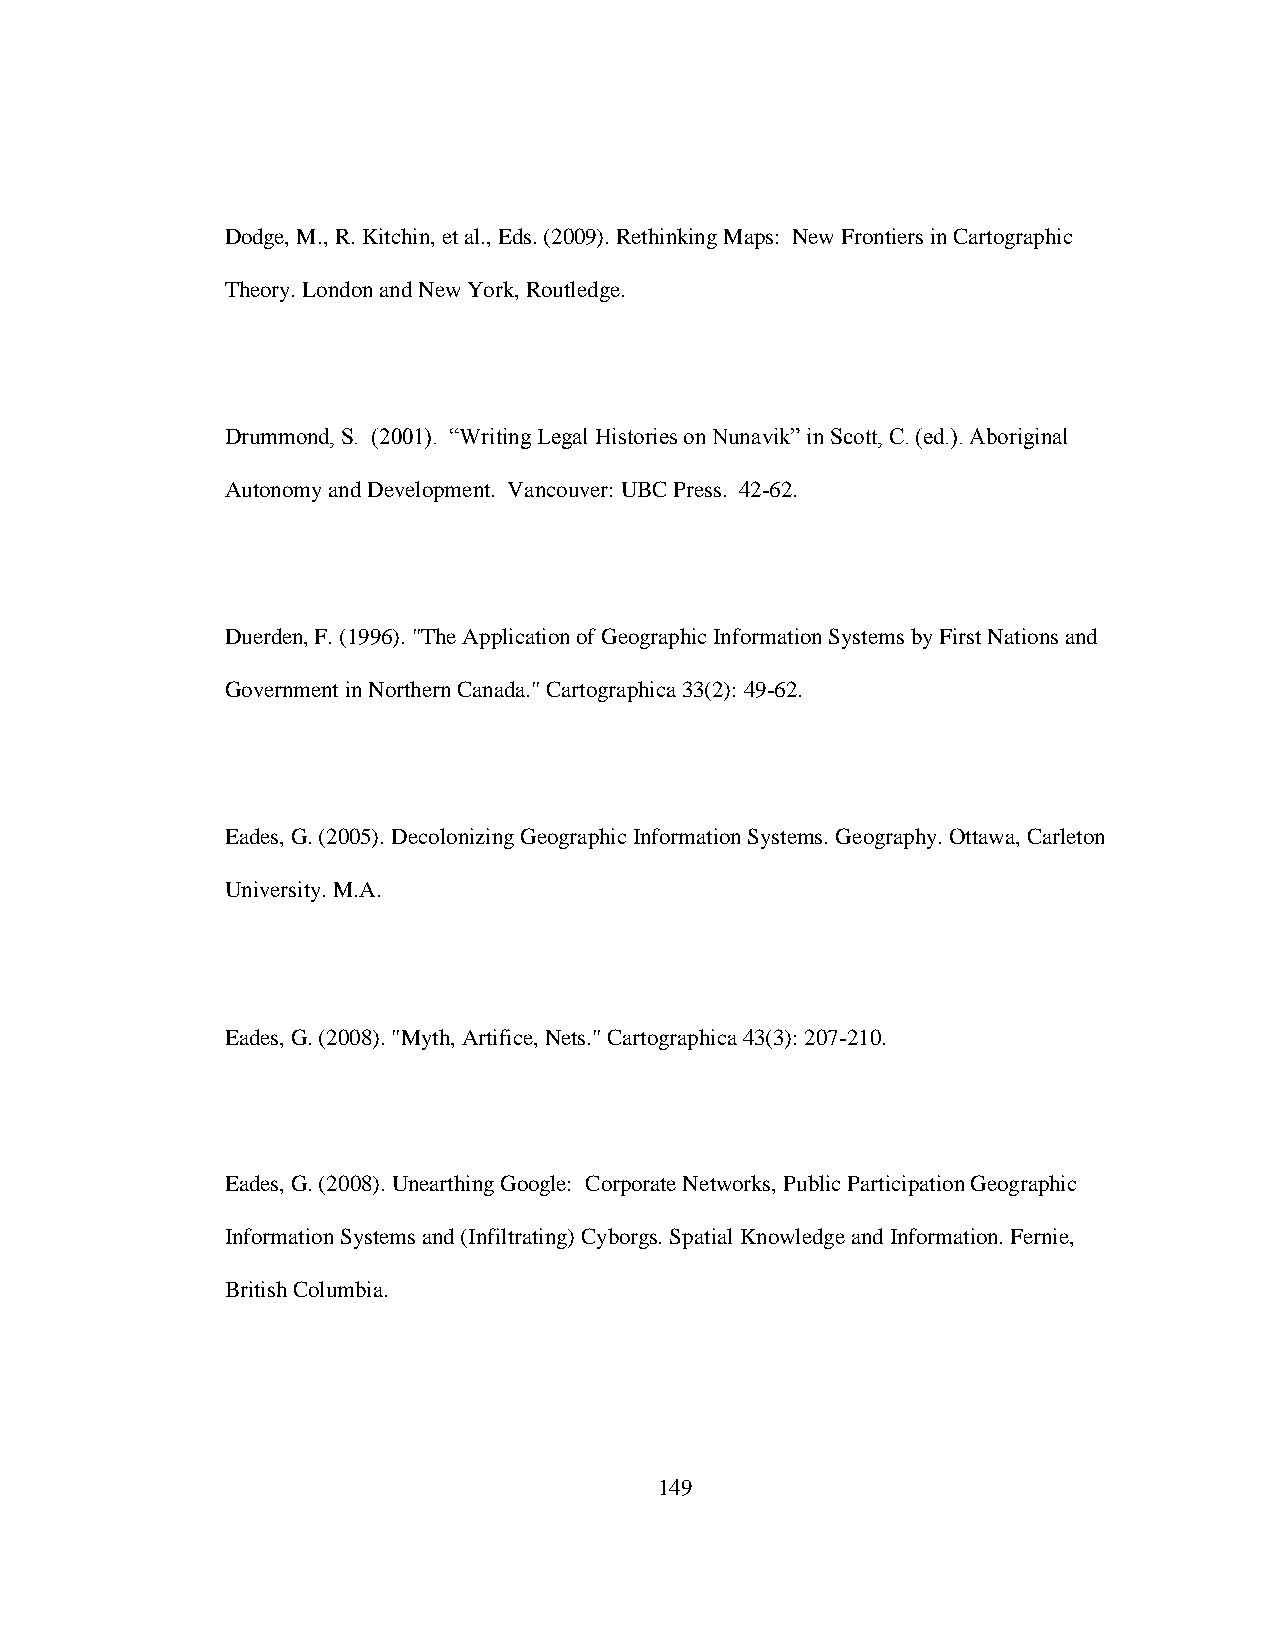
Dodge, M., R. Kitchin, et al., Eds. (2009). Rethinking Maps: New Frontiers in Cartographic
 Theory. London and New York, Routledge.
 Drummond, S. (2001). “Writing Legal Histories on Nunavik” in Scott, C. (ed.). Aboriginal
 Autonomy and Development. Vancouver: UBC Press. 42-62.
 Duerden, F. (1996). "The Application of Geographic Information Systems by First Nations and
 Government in Northern Canada." Cartographica 33(2): 49-62.
 Eades, G. (2005). Decolonizing Geographic Information Systems. Geography. Ottawa, Carleton
 University. M.A.
 Eades, G. (2008). "Myth, Artifice, Nets." Cartographica 43(3): 207-210.
 Eades, G. (2008). Unearthing Google: Corporate Networks, Public Participation Geographic
 Information Systems and (Infiltrating) Cyborgs. Spatial Knowledge and Information. Fernie,
 British Columbia.
 149